Vaccination in Bombay 1874-1876 - 1874-1876
Year: 1874
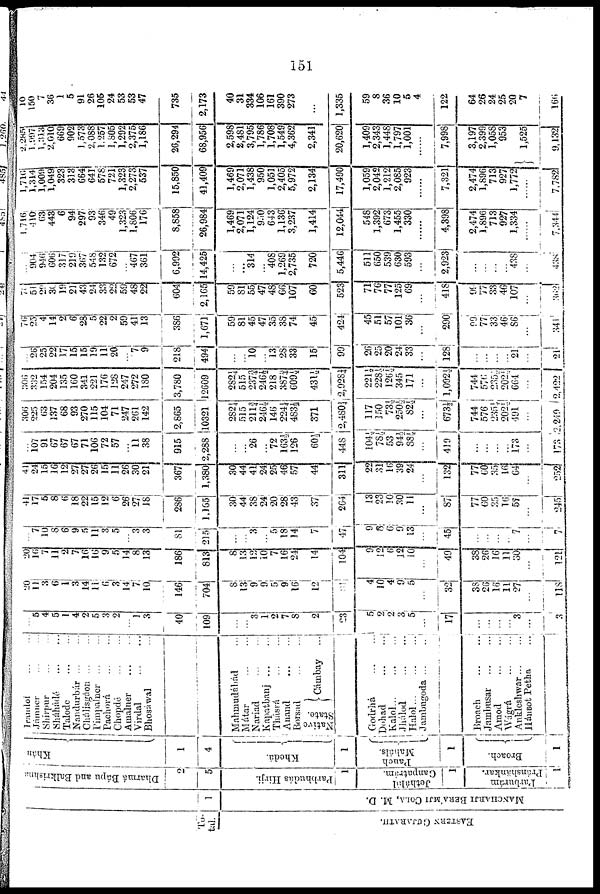
151
To-
tal.
EASTERN GUJARATH.
1
MANCHARJI BERÁMJI COLA, M. D.
Dharmá Bápu and Balkrishiná
2
5
Parbhudás Hirji.
1
Jethálal
Ganpatrám.
1
Parburám
Pránshánkar.
1
Khan
1
4
Khedá.
1
Panch
Maháls.
1
Broach.
1
Irandol ... ...
Jamner ... ...
Shírpur ... ...
Sháhádé
...
...
Talode ... ...
Nandurbár ... ...
Cháljsgáon ... ...
Pimpalner ... ...
Pachorá ... ...
Chopdé
...
...
Amalner ... ...
Virdal
...
...
Bhosáwal
...
Mahmudábád ...
Mátar
...
...
Nariad ... ...
Kapatbanj ... ...
Thásrá
...
...
Anand
...
...
Borsad ... ...
Nat i
ve
St at e.
Cá,bay
Godrhá ... ...
Dohad
...
...
Kalol... ... ...
Jhálod
...
...
Halol
...
...
...
Jambugoda ...
...
Broach
...
...
Jambusar
...
...
Amod
...
...
Wágrá
...
...
Ankleshwar ...
...
Hánsot Petha ...
...
5
4
5
1
4
2
5
3
2
...
1
3
40
109
...
...
3
1
2
7
8
2
23
5
2
2
3
5
...
17
...
...
...
...
3
...
3
20
11
3
6
1
3
14
11
6
3
14
7
10
146
704
8
13
9
9
...
9
16
12
1
4
10
4
9
5
...
32
38
26
16
11
27
...
118
20
16
7
11
2
7
16
16
9
5
14
8
13
186
813
8
13
12
10
7
16
24
14
104
9
12
6
12
10
...
49
38
26
16
11
30
...
121
...
7
10
6
6
9 5
11
3
5
...
3
3
81
215
...
...
3
...
5
18
14
7
47
9
8
6
9
13
...
45
...
...
...
...
7
...
7
41
17 5
8
6
18
22
15
12
6
26
27
18
286
1,165
30
44
38
24
20
28
43
37
264
13
23
10
30
11
...
87
77
60
35
76
57
...
245
41
24
15
16
12
27
27
26
15
11
26
30
21
367
1,380
30
44
41
24
25
46
57
44
311
22
31
16
39
24
...
132
77
60
35
16
64
...
252
...
107
91
67
67
67
71
106
72
57
...
11
38
915
2,288
...
...
26
...
72
163½
126
60½
448
104½
78½
53
94½
88½
...
419
...
...
...
173
...
173
306
225
63
137
68
93
270
115
104
71
247
261
142
2,865
10321
282¼
515
211¾
246½
146
224¼
4S3½
371
2,480¼
117
150
73½
250½
82½
...
673½
744
576
235½
202½
491
...
2,249
306
332
154
204
135
160
341
221
176
128
247
272
180
3,780
12609
282¼
515
237¾
246½
218
387¾
609½
431½
2,928¼
221½
228½
126½
345
171
...
1,092½
744
576
235½
202½
664
...
2, 422
...
26
25
22
17
15
15
19
11
20
...
7
9
218
494
...
...
10
...
13
28
33
15
99
26
25
20
24
33
...
128
...
...
...
...
21
...
24
76
25
4
14
2
6
28
5
22
2
59
41
13
386
1,671
59
81
45
47
35
38
74
45
424
45
51
57
101
36
...
290
99
77
33
46
86
...
341
70
51
29
30
19
21
43
24
33
22
59
48
22
604
2,165
59
81
55
47
48
66
107
60
523
71
76
77
125
69
...
418
99
77
33
46
107
...
362
...
904
946
606
317
219
367
548
132
672
...
467
361
6,992
14,425
...
...
314
...
408
1,269
2,735
720
5,446
511
650
539
630
593
...
2,923
...
...
...
...
438
...
438
1,716
410
63
443
6
94
297
93
346
49
1,323
1,806
176
8,858
26,984
1,469
2,071
1,124
950
643
1,136
3,237
1,414
12,044
548
1,392
673
1,455
330
...
4,398
2,474
1,896
713
927
1,334
...
7,344
1,716
1,314
1,009
1,049
323
313
664
641
578
721
1,323
2,273
537
15,850
41,409
1,469
2,071
1,438
950
1,051
2,405
5,972
2,134
17,490
1,059
2,042
1,212
2,085
923
...
7,321
2,474
1,896
713
927
1,772
...
7,782
2,285
1,997
1,313
2,010
669 902
1,573
2,088
1,257
1,805
1,292
2,375
1,186
26,294
68,956
2,598
2,481
3,795
1,786
1,708
1,549
4,362
2,341
20,620
1,409
2,343
1,448
1,797
1,001
...
7,998
3,197
2,399
1,058
953
1,525
9,132
10
150
7
36
1
5
91
26
105
24
53
53
47
735
2,173
40
31
334
106
161
390
273
...
1,335
59
8
36
10
5
4
122
64
26
24
25
20
7
166